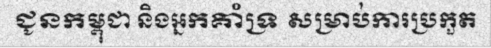
ជូនកម្ពុជា និងអ្នកគាំទ្រ សម្រាប់ការប្រកួត